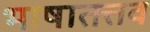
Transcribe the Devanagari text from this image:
भाषातत्तव